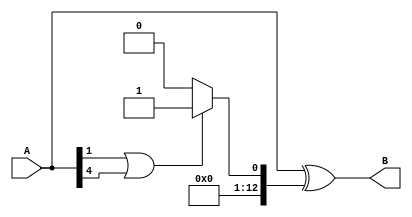
/* 		" Error Adding Module "   		*/
/*
This Module adds random error to the transmitted pattern
*/
module error(
	input [12:0] A,
	output reg [12:0] B 
);
wire [12:0] er;
reg [12:0] make_error ;
assign  er = A^make_error ;

/*
The Random function is used so as to make the error adder module like a real world error prone channel which is random
*/
always @(A)begin
if (A[0]==1 || A[3]==1)begin
   make_error <= 13'h01;
end 
else begin
   make_error <= 13'h00;
end
if ((A[1])==1 || A[4]==1)begin
   make_error <= 13'h01;
end 
else begin
   make_error <= 13'h00;
end
//make_error = $random % 8 ;
//make_error <= 8'h01;
B <= er ;
end
endmodule